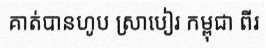
គាត់បានហូប ស្រាបៀរ កម្ពុជា ពីរ